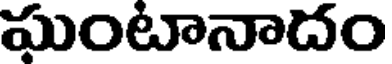
ఘంటానాదం